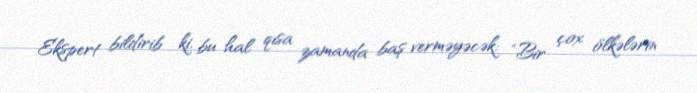
Ekspert bildirib ki, bu hal qısa zamanda baş verməyəcək: “Bir çox ölkələrin